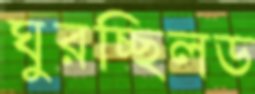
ঘুরচ্ছিলড